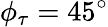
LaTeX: \phi_{\tau}=45^{\circ}